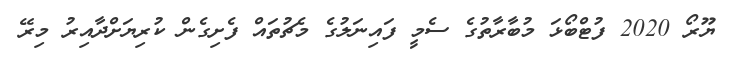
ޔޫރޯ 2020 ފުޓްބޯޅަ މުބާރާތުގެ ސެމީ ފައިނަލުގެ މެޗުތައް ފެށިގެން ކުރިޔަށްދާއިރު މިރޭ